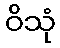
ဝိသုံ